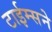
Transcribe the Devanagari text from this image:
टाईम्सने